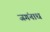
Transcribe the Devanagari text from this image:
जगंनाध